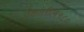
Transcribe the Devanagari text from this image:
देशांतील१८०